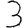
Digit: 3